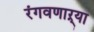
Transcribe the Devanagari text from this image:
रंगवणाऱ्या